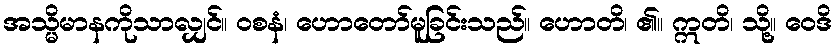
အသ္မိမာနကိုသာလျှင်။ ဝစနံ၊ ဟောတော်မူခြင်းသည်။ ဟောတိ၊ ၏။ ဣတိ၊ သို့။ ဝေဒိ